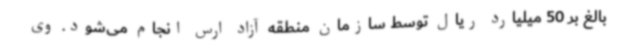
بالغ بر 50 میلیارد ریال توسط سازمان منطقه آزاد ارس انجام می‌شود. وی